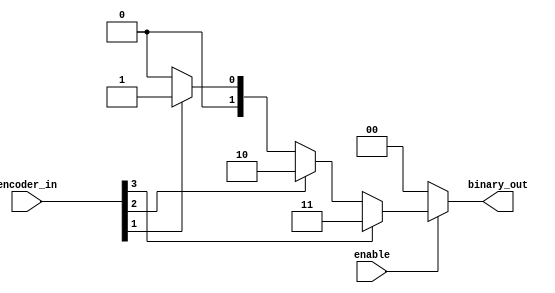
`timescale 1ns / 1ps
//////////////////////////////////////////////////////////////////////////////////
// Company: 
// Engineer: 
// 
// Design Name: 
// Module Name: pri_encoder
// Project Name: 
// Target Devices: 
// Tool Versions: 
// Description: 
// 
// Dependencies: 
// 
// Revision:
// Revision 0.01 - File Created
// Additional Comments:
// 
//////////////////////////////////////////////////////////////////////////////////


module pri_encoder (
binary_out , //  2 bit binary output
encoder_in , //  4-bit input 
enable       //  Enable for the encoder
);

output [1:0] binary_out ;
input  enable ; 
input [3:0] encoder_in ; 

wire [1:0] binary_out ;
      
assign  binary_out  = (!enable) ? 0 : (
    (encoder_in[3]) ? 3 : 
    (encoder_in[2]) ? 2 : 
    (encoder_in[1]) ? 1 : 0); 

endmodule